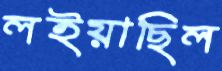
লইয়াছিল